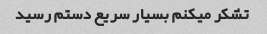
تشکر میکنم بسیار سریع دستم رسید